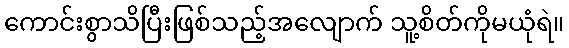
ကောင်းစွာသိပြီးဖြစ်သည့်အလျောက် သူ့စိတ်ကိုမယုံရဲ။